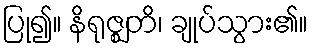
ပြု၍။ နိရုဇ္ဈတိ၊ ချုပ်သွား၏။